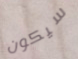
سيكون